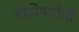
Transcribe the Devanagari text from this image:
यांविषयीची